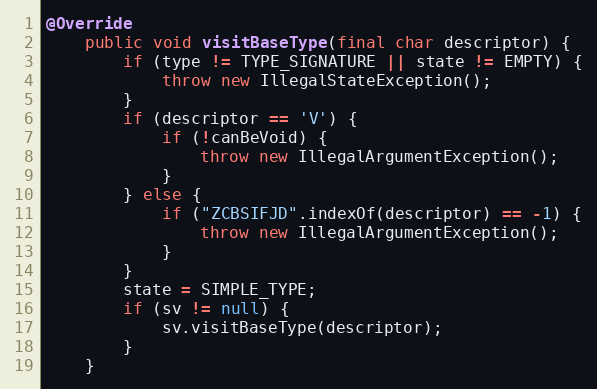
Language: Java
@Override
    public void visitBaseType(final char descriptor) {
        if (type != TYPE_SIGNATURE || state != EMPTY) {
            throw new IllegalStateException();
        }
        if (descriptor == 'V') {
            if (!canBeVoid) {
                throw new IllegalArgumentException();
            }
        } else {
            if ("ZCBSIFJD".indexOf(descriptor) == -1) {
                throw new IllegalArgumentException();
            }
        }
        state = SIMPLE_TYPE;
        if (sv != null) {
            sv.visitBaseType(descriptor);
        }
    }